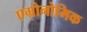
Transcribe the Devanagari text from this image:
एग्रोनोमिक